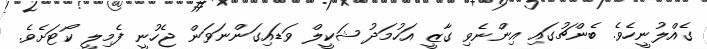
ގެއްލުނީހެވެ. ބެންޗުގައި އިންނެވި ގާޒީ އަހުމަދު ޝަކީލް ވަޑައިގަންނަވަން ޖެހުނީ ފެމިލީ ކޯޓަށެވެ.